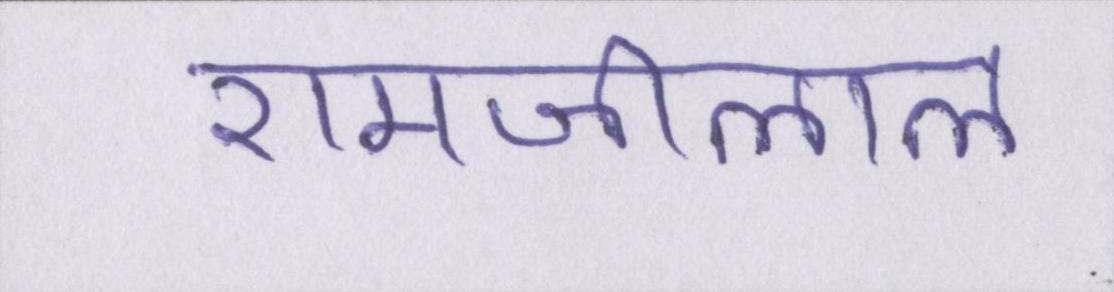
रामजीलाल